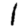
Digit: 1